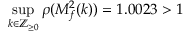
\operatorname* { s u p } _ { k \in \mathbb { Z } _ { \geq 0 } } \rho ( M _ { f } ^ { 2 } ( k ) ) = 1 . 0 0 2 3 > 1